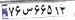
۷۶س۶۶۵۱۳